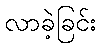
လာခဲ့ခြင်း